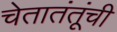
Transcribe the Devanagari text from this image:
चेतातंतूंची